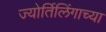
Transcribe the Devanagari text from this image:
ज्‍योर्तिलिंगाच्‍या